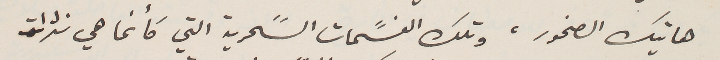
هاتيك الصخور، وتلك النسًمات السحرية التي كأنما هي نثرات